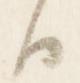
日